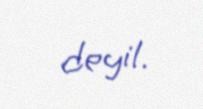
deyil.